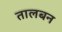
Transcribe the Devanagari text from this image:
तालबन